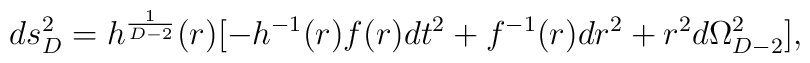
ds^2_D=h^{1\over{D-2}}(r)[-h^{-1}(r)f(r)dt^2+f^{-1}(r)dr^2+r^2d\Omega^2_{D-2}],